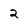
Character: 2